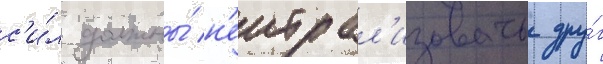
с'и́л должны́ н'еитрал'изовать дру́г